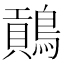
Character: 𪄌